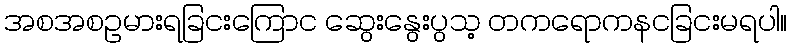
အစအစဥမားရခြငးကြောင ဆွေးနွေးပွသ့ တကရောကနငခြငးမရပါ။